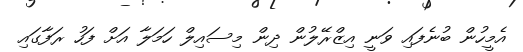
އެމީހުން ބުނެފައި ވަނީ އިޒްރޭލުން ދިން މިސައިލް ހަމަލާ އަށް ފަހު ރަފާގައި